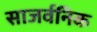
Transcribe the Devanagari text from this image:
साजर्वनिक